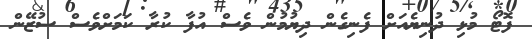
ފޮޓޯ މުޅި ދުނިޔެއަށް ފެނިގެން ދިޔުމުން ވެސް އުފާ ކުރާ ކަމަށްވެސް ސުޒޭން